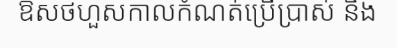
ឱសថហួសកាលកំណត់ប្រើប្រាស់ និង